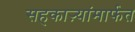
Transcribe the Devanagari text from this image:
सहकाऱ्यांमार्फत